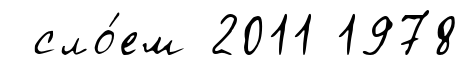
сло́ем 2011 1978